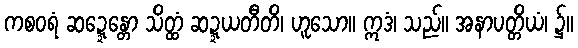
ကစဝရံ ဆဍ္ဍေန္တော သိတ္ထံ ဆဍ္ဍယတီတိ၊ ဟူသော။ ဣဒံ၊ သည်။ အနာပတ္တိယံ၊ ၌။